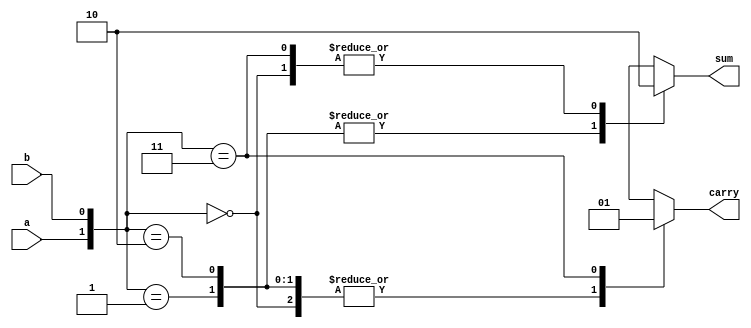
module ha (
    input a,b,output reg sum,carry
);
always @(a,b) begin
    case ({a,b})
        2'b00: begin sum=0; carry=0; end
        2'b01: begin sum=1; carry=0; end
        2'b10: begin sum=1; carry=0; end
        2'b11: begin sum=0; carry=1; end 
        default: begin sum=1'bx; carry=1'bx; end

    endcase
end
    
endmodule